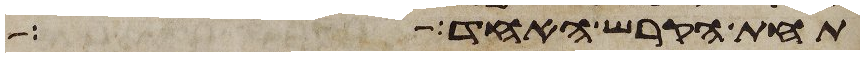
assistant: תחת הקרש האחד